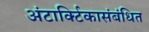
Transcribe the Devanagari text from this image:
अंटार्क्टिकासंबंधित